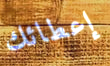
إعطائك